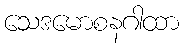
သေဒမောစနဂါထာ